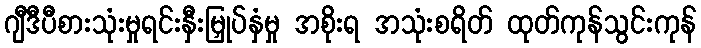
ဂျီဒီပီစားသုံးမှုရင်းနှီးမြှုပ်နှံမှု အစိုးရ အသုံးစရိတ် ထုတ်ကုန်သွင်းကုန်